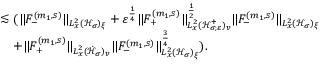
\begin{array} { r l } & { \lesssim ( \| F _ { - } ^ { ( m _ { 1 } , s ) } \| _ { L _ { x } ^ { 2 } ( \mathcal H _ { \sigma } ) _ { \xi } } + \varepsilon ^ { \frac { 1 } { 4 } } \| F _ { + } ^ { ( m _ { 1 } , s ) } \| _ { L _ { x } ^ { 2 } ( \mathcal H _ { \sigma ; \varepsilon } ^ { + } ) _ { v } } ^ { \frac { 1 } { 2 } } \| F _ { - } ^ { ( m _ { 1 } , s ) } \| _ { L _ { x } ^ { 2 } ( { \mathcal H } _ { \sigma } ) _ { \xi } } } \\ & { \quad + \| F _ { + } ^ { ( m _ { 1 } , s ) } \| _ { L _ { x } ^ { 2 } ( \dot { \mathcal H } _ { \sigma } ) _ { v } } \| F _ { - } ^ { ( m _ { 1 } , s ) } \| _ { L _ { x } ^ { 2 } ( \mathcal H _ { \sigma } ) _ { \xi } } ^ { \frac { 3 } { 4 } } ) . } \end{array}